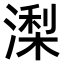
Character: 𣼖